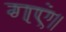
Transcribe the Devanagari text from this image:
गएं।